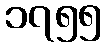
၁၇၅၅